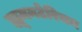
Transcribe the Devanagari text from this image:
ह्यूमनटेरियन